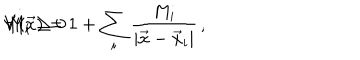
V ( \vec { x } ) = 1 + \sum _ { i } \frac { M _ { i } } { | \vec { x } - \vec { x } _ { i } | } \, , \hspace { . 5 c m } M _ { i } \geq 0 \hspace { . 2 c m } \forall i \, ,